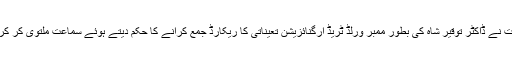
عدالت نے ڈاکٹر توقیر شاہ کی بطور ممبر ورلڈ ٹریڈ آرگنائزیشن تعیناتی کا ریکارڈ جمع کرانے کا حکم دیتے ہوئے سماعت ملتوی کر کردی۔